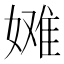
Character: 𫱞